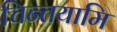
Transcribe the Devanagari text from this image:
चिन्तयामि